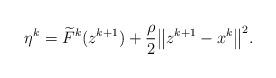
LaTeX: \begin{align*}\eta^k = \widetilde{F}^{k}(z^{k+1})+ \frac{\rho}{2}\big\|z^{k+1}-x^k\big\|^2.\end{align*}